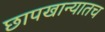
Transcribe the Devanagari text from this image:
छापखान्यातच